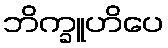
ဘိက္ခူဟိပေ